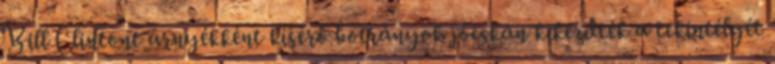
Bill Clintont árnyékként kísérő botrányok jócskán kikezdték a tekintélyét